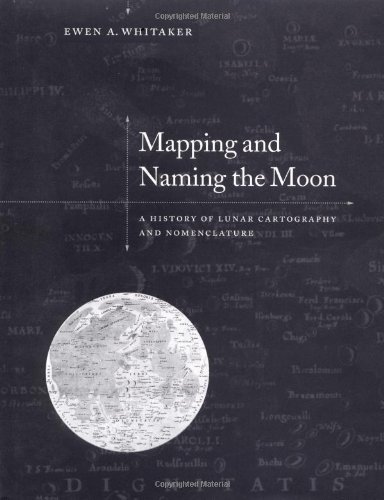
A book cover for Mapping and Naming the Moon: A History of Lunar Cartography and Nomenclature; Ewen A. Whitaker; Science & Math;